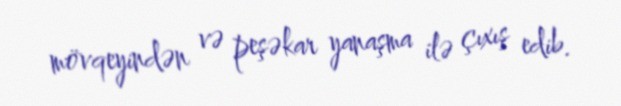
mövqeyindən və peşəkar yanaşma ilə çıxış edib.